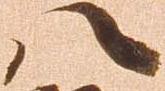
八